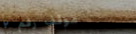
موقف رقم ٢